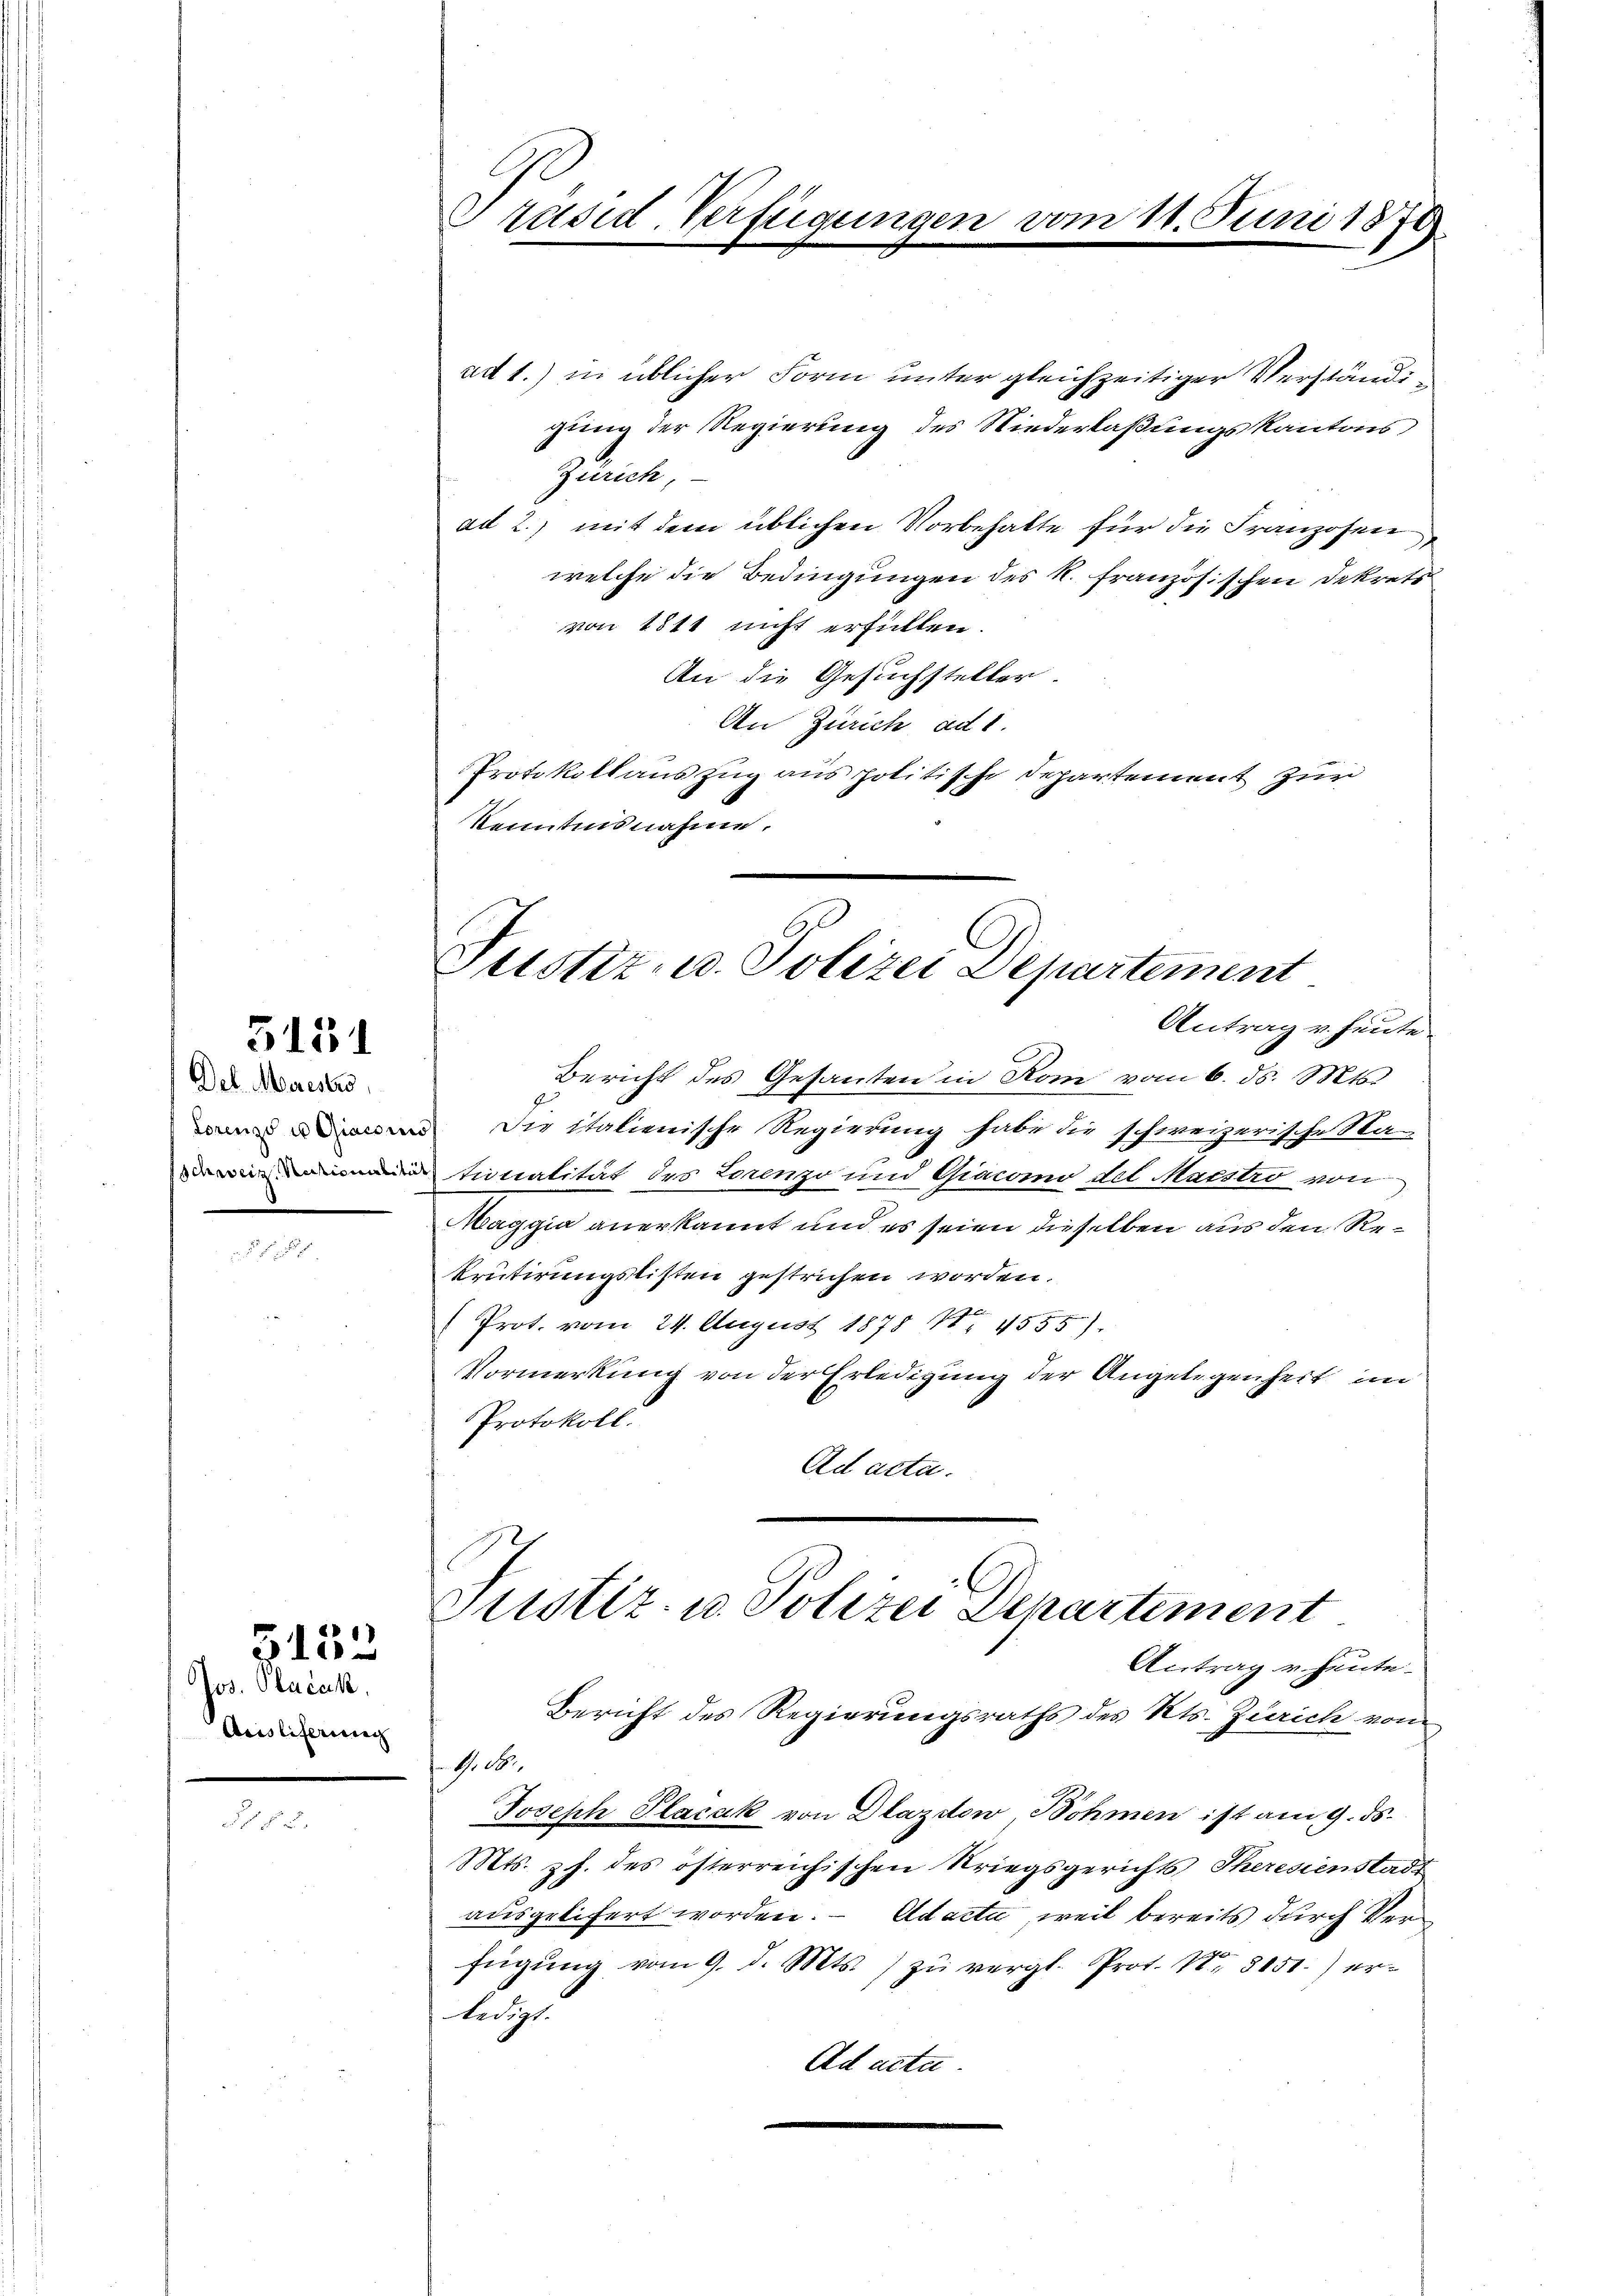
5131

Del. Marestro

5152

Jos. Plačak.
Aristiferung

Präsid. Verfügungen vom 11. Juni 1870

ad 1.) in üblicher Form unter gleichzeitiger Verständigung der Regierung des Niederlaßungskantons
Zürich,
ad 2., mit dem üblichen Vorbehalte für die Franzosen,
welche die Bedingungen des k. französischen Dekrets
von 1811 nicht erfüllen.
An die Gesuchsteller.
An Zürich ad 1.
Protokollauszug aus politische Departement zur
Kenntnisnahme.

Justiz- u. Polizei Departement
Antrag v. heute.

Bericht des Gesanten in Rom vom 6. ds. Mts.
 Die italienische Regierung habe die schweizerische Sta-
finalität des Lorenzo und Giacono del Mastro von
Maggia anerkannt und es seien dieselben aus den Rekrutirungslisten gestrichen worden.
Prot. vom 24. August 1878 11. 4555).
Vormerkung von der Erledigung der Angelegenheit i
Protokoll.
Ad acta.
.

Justiz- u. Polizei Departement
Antrag u. heute.

M. 18.

Bericht des Regierungsraths des Kts. Zürich vom
Joseph Placak von Dlazdow, Sohmen ist am 9. ds.
Mts. z. des österreichischen Kriegsgerichts Theresienstadt
ausgelifert worden. - Adacta, weil bereits durch Verfügŭng vom 9. d. Mts. zŭ vergl. Prot. Nr. 3151.) er-
ledigt.
Ad acta.